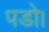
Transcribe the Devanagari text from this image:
पडो।